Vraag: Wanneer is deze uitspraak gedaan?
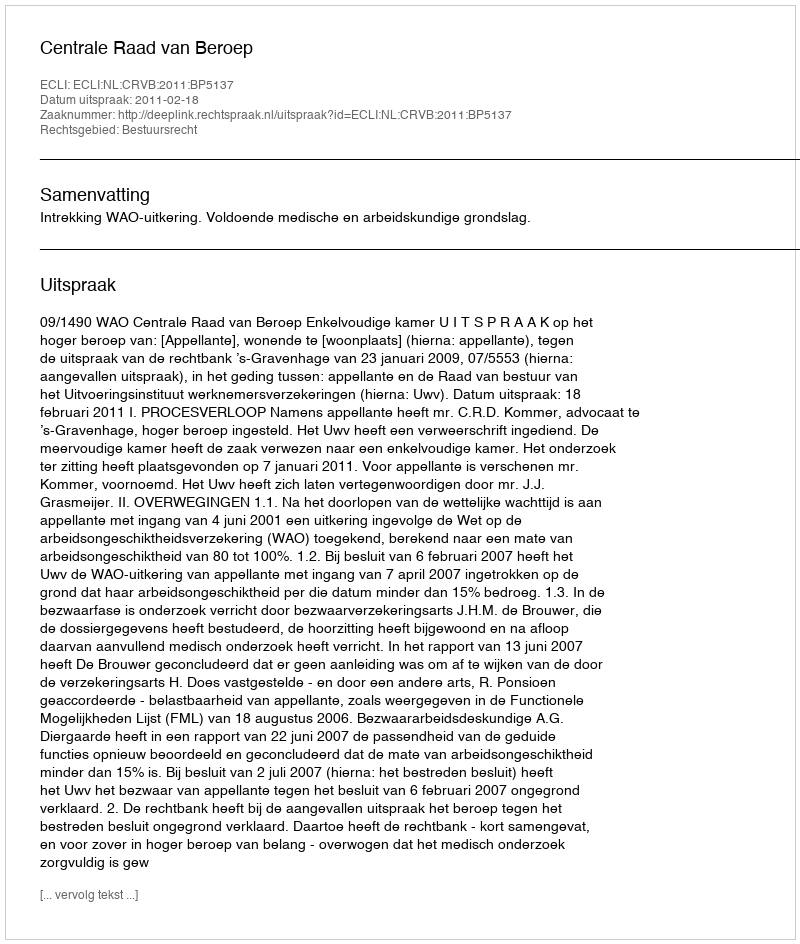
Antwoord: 2011-02-18